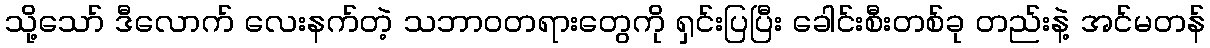
သို့သော် ဒီလောက် လေးနက်တဲ့ သဘာဝတရားတွေကို ရှင်းပြပြီး ခေါင်းစီးတစ်ခု တည်းနဲ့ အင်မတန်